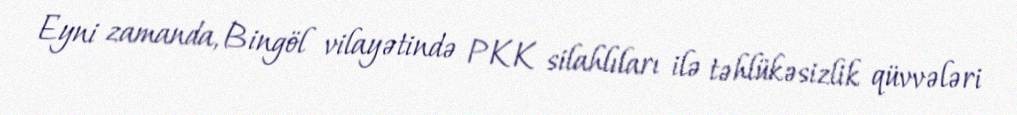
Eyni zamanda, Bingöl vilayətində PKK silahlıları ilə təhlükəsizlik qüvvələri